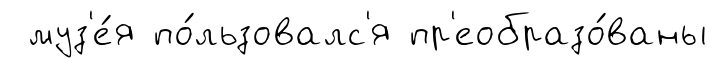
муз'е́я по́льзовалс'я пр'еобразо́ваны